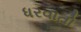
ધરવાતો